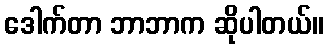
ဒေါက်တာ ဘာဘာက ဆိုပါတယ်။